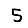
Digit: 5